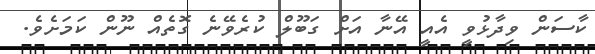
ކާސަން ވިދާޅުވީ އެއީ އޭނާ އަށް ގަބޫލް ކުރެވޭނެ ގޮތެއް ނޫން ކަމަށެވެ.